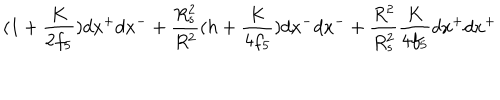
LaTeX: ( 1 + \frac { K } { 2 f _ { 5 } } ) d x ^ { + } d x ^ { - } + \frac { R _ { s } ^ { 2 } } { R ^ { 2 } } ( h + \frac { K } { 4 f _ { 5 } } ) d x ^ { - } d x ^ { - } + \frac { R ^ { 2 } } { R _ { s } ^ { 2 } } \frac { K } { 4 f _ { 5 } } d x ^ { + } d x ^ { + }